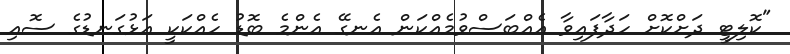
"ކޮލިޓީ ދަށްކޮށް ހަދާފައިވާ އެއްބަސްވުމެއްކަން އެނގޭ އެންމެ ބޮޑު ހެއްކަކީ އަޅުގަނޑުގެ ސޮއި